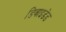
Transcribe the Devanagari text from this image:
डिवाइडेड